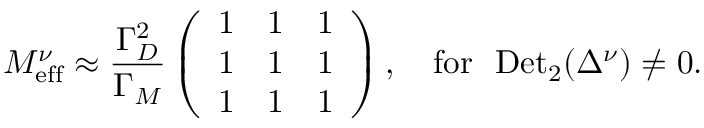
M _ { \mathrm { e f f } } ^ { \nu } \approx \frac { \Gamma _ { D } ^ { 2 } } { \Gamma _ { M } } \left( \begin{array} { c c c } { { 1 } } & { { 1 } } & { { 1 } } \\ { { 1 } } & { { 1 } } & { { 1 } } \\ { { 1 } } & { { 1 } } & { { 1 } } \end{array} \right) , \ \ \ \mathrm { f o r } \ \ \mathrm { D e t } _ { 2 } ( \Delta ^ { \nu } ) \ne 0 .